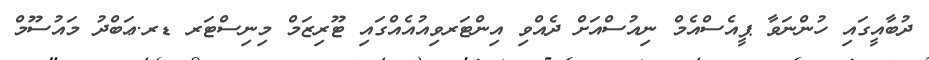
ދުބާއީގައި ހުންނަވާ ޕީއެސްއެމް ނިއުސްއަށް ދެއްވި އިންޓަރވިއުއެއްގައި ޓޫރިޒަމް މިނިސްޓަރ ޑރ.ޢަބްދު މައުސޫމް